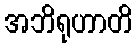
အဘိရုဟာတိ